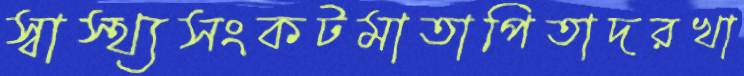
স্বাস্থ্যসংকটমাতাপিতাদরখা